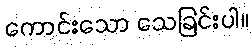
ကောင်းသော သေခြင်းပါ။